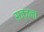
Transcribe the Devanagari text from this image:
सज्जना